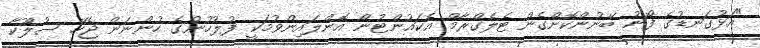
"އަޅުގަނޑުގެ ފޯނު ބޭނުންކޮށްގެން ޓެލެގްރާމް އެކައުންޓުން އޮންލައިންވުމަކީ ފުލުހުންގެ ހުންނަން ޖެހޭ ސުލޫކާ